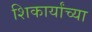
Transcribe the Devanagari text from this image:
शिकार्यांच्या